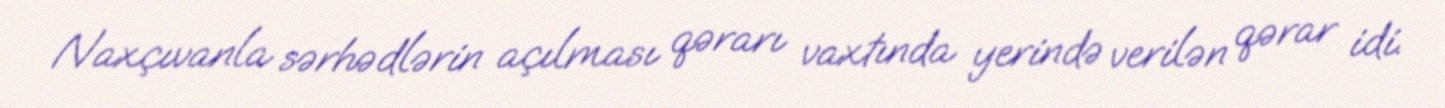
Naxçıvanla sərhədlərin açılması qərarı vaxtında yerində verilən qərar idi.